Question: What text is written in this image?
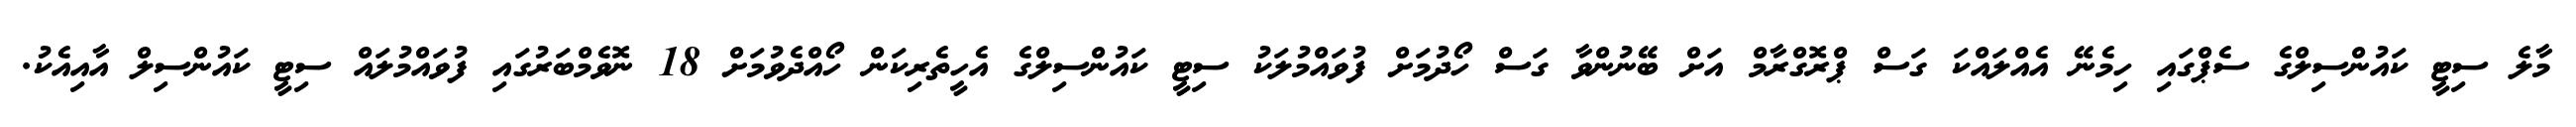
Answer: މާލެ ސިޓީ ކައުންސިލްގެ ސެޕްގައި ހިމެނޭ އެއްލައްކަ ގަސް ޕްރޮގްރާމް އަށް ބޭނުންވާ ގަސް ހޯދުމަށް ފުވައްމުލަކު ސިޓީ ކައުންސިލްގެ އެހީތެރިކަން ހޯއްދެވުމަށް 18 ނޮވެމްބަރުގައި ފުވައްމުލައް ސިޓީ ކައުންސިލް އާއިއެކު.